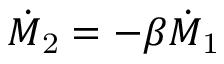
\dot { M } _ { \mathrm { 2 } } = - \beta \dot { M } _ { \mathrm { 1 } }